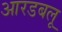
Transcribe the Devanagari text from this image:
आरडबलू